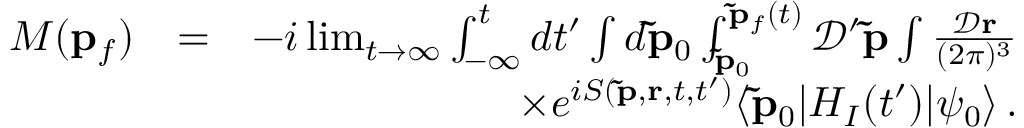
\begin{array} { r l r } { M ( \mathbf { p } _ { f } ) } & { = } & { - i \operatorname* { l i m } _ { t \rightarrow \infty } \int _ { - \infty } ^ { t } d t ^ { \prime } \int d \mathbf { \tilde { p } } _ { 0 } \int _ { \mathbf { \tilde { p } } _ { 0 } } ^ { \mathbf { \tilde { p } } _ { f } ( t ) } \mathcal { D } ^ { \prime } \mathbf { \tilde { p } } \int \frac { \mathcal { D } \mathbf { r } } { ( 2 \pi ) ^ { 3 } } } \\ & { } & { \times e ^ { i S ( \mathbf { \tilde { p } } , \mathbf { r } , t , t ^ { \prime } ) } \langle \mathbf { \tilde { p } } _ { 0 } | H _ { I } ( t ^ { \prime } ) | \psi _ { 0 } \rangle \, . } \end{array}